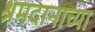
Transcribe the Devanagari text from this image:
श्रमदानाच्या